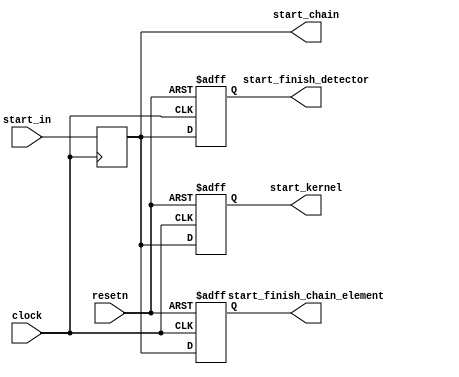
// (C) 1992-2016 Altera Corporation. All rights reserved.                         
// Your use of Altera Corporation's design tools, logic functions and other       
// software and tools, and its AMPP partner logic functions, and any output       
// files any of the foregoing (including device programming or simulation         
// files), and any associated documentation or information are expressly subject  
// to the terms and conditions of the Altera Program License Subscription         
// Agreement, Altera MegaCore Function License Agreement, or other applicable     
// license agreement, including, without limitation, that your use is for the     
// sole purpose of programming logic devices manufactured by Altera and sold by   
// Altera or its authorized distributors.  Please refer to the applicable         
// agreement for further details.                                                 
    


// The start signal chain element forwards the start signal received 
// from the previous chain element to the kernel copy it serves as well as
// the corresponding task copy finish detector and finish chain element.

module acl_start_signal_chain_element
(
	input clock,
	input resetn,

	input start_in,
	output reg start_kernel,
	output reg start_finish_detector,
	output reg start_finish_chain_element,
	output reg start_chain
);

	always @ (posedge clock)
	begin
		start_chain <= start_in;
	end

	always @ (posedge clock or negedge resetn)
	begin
		if (~resetn)
		begin
			start_kernel <= 1'b0;
			start_finish_detector <= 1'b0;
			start_finish_chain_element <= 1'b0;
		end
		else
		begin
			start_kernel <= start_chain;
			start_finish_detector <= start_chain;
			start_finish_chain_element <= start_chain;
		end
	end


endmodule